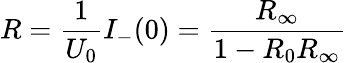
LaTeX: R=\frac{1}{U_{0}}I_{-}(0)=\frac{R_{\infty}}{1-R_{0}R_{\infty}}